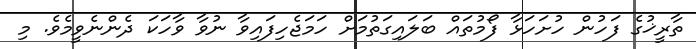
ތާރީޚުގެ ފަހުން ހުށަހަޅާ ފޯމުތައް ބަލައިގަތުމަށް ހަމަޖެހިފައިވާ ނުވާ ވާހަކަ ދެންނެވީމެވެ. މި